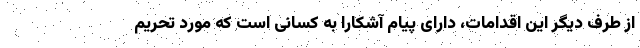
از طرف دیگر این اقدامات، دارای پیام آشکارا به کسانی است که مورد تحریم